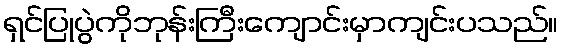
ရှင်ပြုပွဲကိုဘုန်းကြီးကျောင်းမှာကျင်းပသည်။